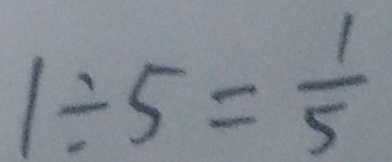
1 \div 5 = \frac { 1 } { 5 }